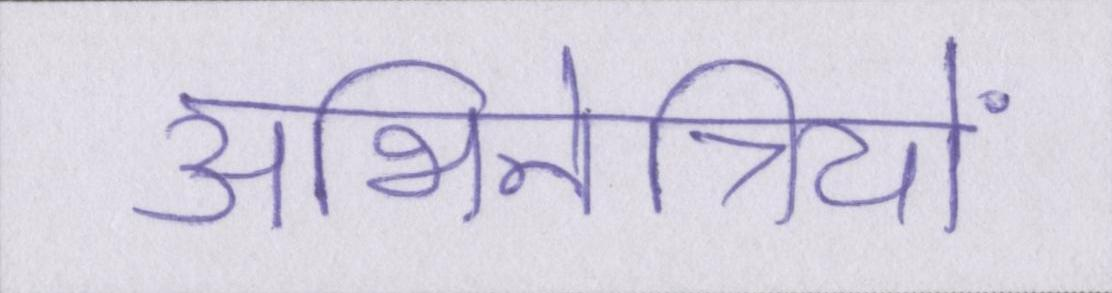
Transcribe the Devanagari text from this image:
अभिनेत्रियों